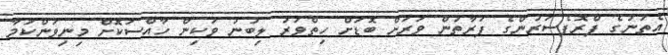
އެތަނުގެ ޕްރޮފެސަރުންގެ ފަރާތުން ވަރަށް ބޮޑަށް ހިތްވަރު ލިބުނު ވަކިން ހާއްސަކޮށް މިނިވަންކަމާ